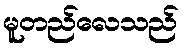
မူတည်လေသည်